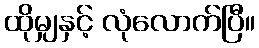
ထိုမျှနှင့် လုံလောက်ပြီ။